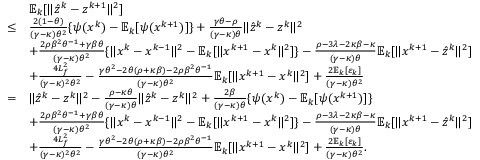
\begin{array} { r l } & { \mathbb { E } _ { k } [ \| \hat { z } ^ { k } - z ^ { k + 1 } \| ^ { 2 } ] } \\ { \leq } & { \frac { 2 ( 1 - \theta ) } { ( \gamma - \kappa ) \theta ^ { 2 } } \{ \psi ( x ^ { k } ) - \mathbb { E } _ { k } [ \psi ( x ^ { k + 1 } ) ] \} + \frac { \gamma \theta - \rho } { ( \gamma - \kappa ) \theta } \| \hat { z } ^ { k } - z ^ { k } \| ^ { 2 } } \\ & { + \frac { 2 \rho \beta ^ { 2 } \theta ^ { - 1 } + \gamma \beta \theta } { ( \gamma - \kappa ) \theta ^ { 2 } } \{ \| x ^ { k } - x ^ { k - 1 } \| ^ { 2 } - \mathbb { E } _ { k } [ \| x ^ { k + 1 } - x ^ { k } \| ^ { 2 } ] \} - \frac { \rho - 3 \lambda - 2 \kappa \beta - \kappa } { ( \gamma - \kappa ) \theta } \mathbb { E } _ { k } [ \| x ^ { k + 1 } - \hat { z } ^ { k } \| ^ { 2 } ] } \\ & { + \frac { 4 L _ { f } ^ { 2 } } { ( \gamma - \kappa ) ^ { 2 } \theta ^ { 2 } } - \frac { \gamma \theta ^ { 2 } - 2 \theta ( \rho + \kappa \beta ) - 2 \rho \beta ^ { 2 } \theta ^ { - 1 } } { ( \gamma - \kappa ) \theta ^ { 2 } } \mathbb { E } _ { k } [ \| x ^ { k + 1 } - x ^ { k } \| ^ { 2 } ] + \frac { 2 \mathbb { E } _ { k } [ \varepsilon _ { k } ] } { ( \gamma - \kappa ) \theta ^ { 2 } } } \\ { = } & { \| \hat { z } ^ { k } - z ^ { k } \| ^ { 2 } - \frac { \rho - \kappa \theta } { ( \gamma - \kappa ) \theta } \| \hat { z } ^ { k } - z ^ { k } \| ^ { 2 } + \frac { 2 \beta } { ( \gamma - \kappa ) \theta } \{ \psi ( x ^ { k } ) - \mathbb { E } _ { k } [ \psi ( x ^ { k + 1 } ) ] \} } \\ & { + \frac { 2 \rho \beta ^ { 2 } \theta ^ { - 1 } + \gamma \beta \theta } { ( \gamma - \kappa ) \theta ^ { 2 } } \{ \| x ^ { k } - x ^ { k - 1 } \| ^ { 2 } - \mathbb { E } _ { k } [ \| x ^ { k + 1 } - x ^ { k } \| ^ { 2 } ] \} - \frac { \rho - 3 \lambda - 2 \kappa \beta - \kappa } { ( \gamma - \kappa ) \theta } \mathbb { E } _ { k } [ \| x ^ { k + 1 } - \hat { z } ^ { k } \| ^ { 2 } ] } \\ & { + \frac { 4 L _ { f } ^ { 2 } } { ( \gamma - \kappa ) ^ { 2 } \theta ^ { 2 } } - \frac { \gamma \theta ^ { 2 } - 2 \theta ( \rho + \kappa \beta ) - 2 \rho \beta ^ { 2 } \theta ^ { - 1 } } { ( \gamma - \kappa ) \theta ^ { 2 } } \mathbb { E } _ { k } [ \| x ^ { k + 1 } - x ^ { k } \| ^ { 2 } ] + \frac { 2 \mathbb { E } _ { k } [ \varepsilon _ { k } ] } { ( \gamma - \kappa ) \theta ^ { 2 } } . } \end{array}